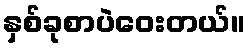
နှစ်ခုစာပဲဝေးတယ်။